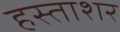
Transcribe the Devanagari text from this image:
हस्ताशर